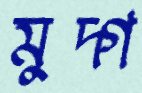
মুদ্গ